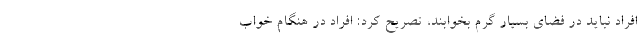
افراد نباید در فضای بسیار گرم بخوابند، تصریح کرد: افراد در هنگام خواب